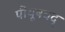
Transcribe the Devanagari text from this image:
पीयूषवद्